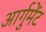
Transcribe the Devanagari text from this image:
आर्गुमेंट